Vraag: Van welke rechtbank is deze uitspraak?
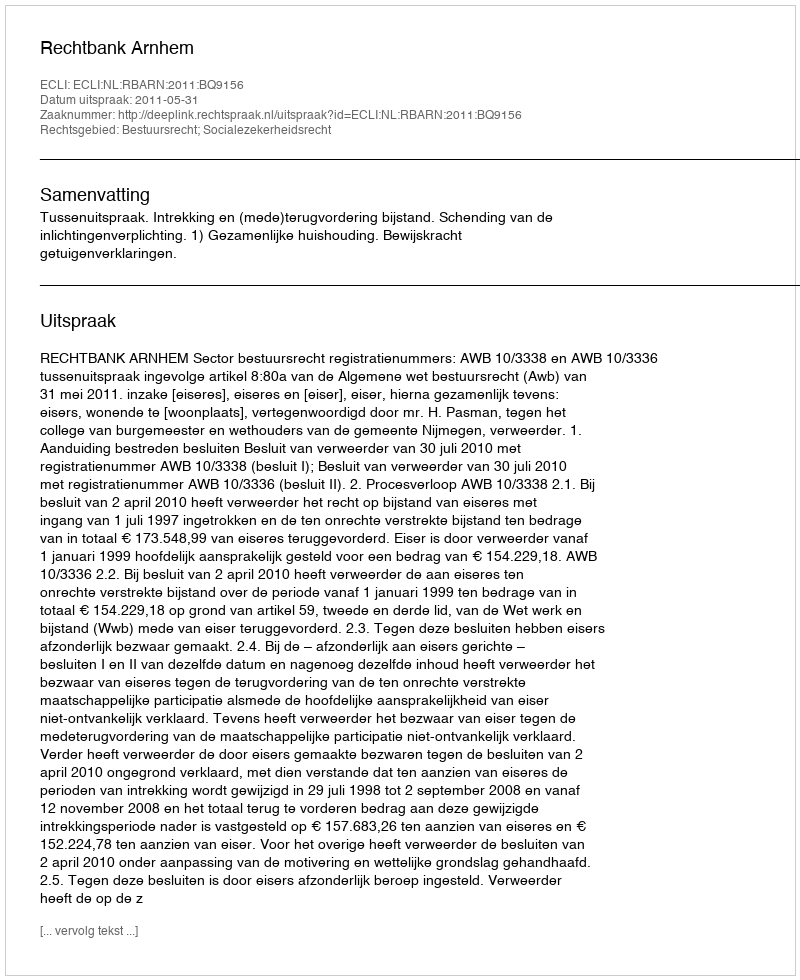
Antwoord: Rechtbank Arnhem